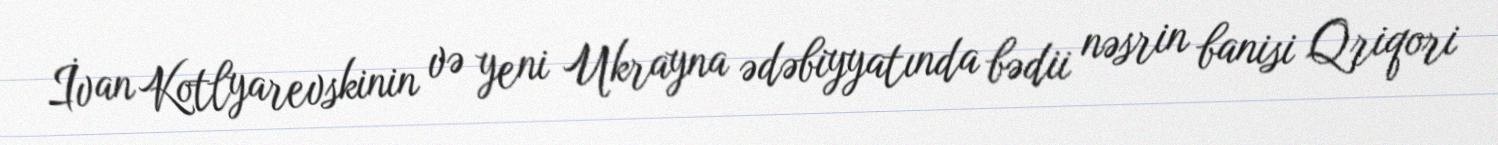
İvan Kotlyarevskinin və yeni Ukrayna ədəbiyyatında bədii nəsrin banisi Qriqori